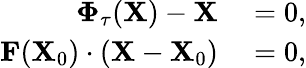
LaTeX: \begin{array}{rl}{\boldsymbol{\Phi}_{\tau}(\mathbf{X})-\mathbf{X}}&{{}=0,}\\ {\mathbf{F}(\mathbf{X}_{0})\cdot\left(\mathbf{X}-\mathbf{X}_{0}\right)}&{{}=0,}\end{array}